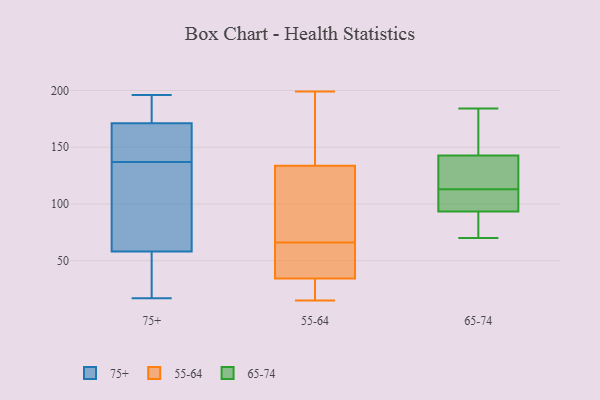
{"axis": {"x": "Operating Costs (USD K)", "y": "Value"}, "legend": ["55-64", "65-74", "75+"], "data": [{"x": "", "y": 154, "type": "75+"}, {"x": "", "y": 178, "type": "75+"}, {"x": "", "y": 24, "type": "75+"}, {"x": "", "y": 159, "type": "75+"}, {"x": "", "y": 182, "type": "75+"}, {"x": "", "y": 196, "type": "75+"}, {"x": "", "y": 157, "type": "75+"}, {"x": "", "y": 186, "type": "75+"}, {"x": "", "y": 103, "type": "75+"}, {"x": "", "y": 90, "type": "75+"}, {"x": "", "y": 137, "type": "75+"}, {"x": "", "y": 175, "type": "75+"}, {"x": "", "y": 66, "type": "75+"}, {"x": "", "y": 17, "type": "75+"}, {"x": "", "y": 57, "type": "75+"}, {"x": "", "y": 138, "type": "75+"}, {"x": "", "y": 43, "type": "75+"}, {"x": "", "y": 21, "type": "75+"}, {"x": "", "y": 61, "type": "75+"}, {"x": "", "y": 15, "type": "55-64"}, {"x": "", "y": 69, "type": "55-64"}, {"x": "", "y": 59, "type": "55-64"}, {"x": "", "y": 146, "type": "55-64"}, {"x": "", "y": 66, "type": "55-64"}, {"x": "", "y": 124, "type": "55-64"}, {"x": "", "y": 199, "type": "55-64"}, {"x": "", "y": 32, "type": "55-64"}, {"x": "", "y": 41, "type": "55-64"}, {"x": "", "y": 21, "type": "55-64"}, {"x": "", "y": 15, "type": "55-64"}, {"x": "", "y": 108, "type": "55-64"}, {"x": "", "y": 137, "type": "55-64"}, {"x": "", "y": 197, "type": "55-64"}, {"x": "", "y": 50, "type": "55-64"}, {"x": "", "y": 94, "type": "65-74"}, {"x": "", "y": 139, "type": "65-74"}, {"x": "", "y": 128, "type": "65-74"}, {"x": "", "y": 144, "type": "65-74"}, {"x": "", "y": 71, "type": "65-74"}, {"x": "", "y": 184, "type": "65-74"}, {"x": "", "y": 113, "type": "65-74"}, {"x": "", "y": 76, "type": "65-74"}, {"x": "", "y": 111, "type": "65-74"}, {"x": "", "y": 154, "type": "65-74"}, {"x": "", "y": 107, "type": "65-74"}, {"x": "", "y": 139, "type": "65-74"}, {"x": "", "y": 93, "type": "65-74"}, {"x": "", "y": 70, "type": "65-74"}, {"x": "", "y": 173, "type": "65-74"}]}